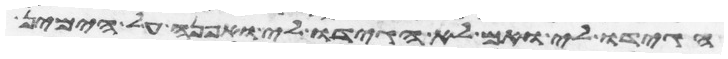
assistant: הגידו לי ואם לא הגידו לי ואפנה על הימין